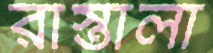
রাস্তালা